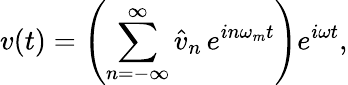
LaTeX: v(t)=\left(\sum_{n=-\infty}^{\infty}\hat{v}_{n}\, e^{in\omega_{m}t}\right)e^{i\omega t},